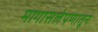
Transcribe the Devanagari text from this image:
मागासलेपणातून